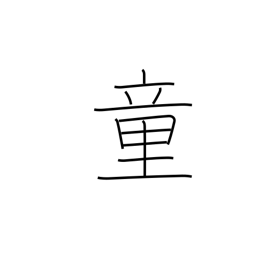
Meaning: juvenile